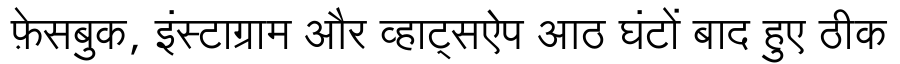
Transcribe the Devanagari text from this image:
फ़ेसबुक, इंस्टाग्राम और व्हाट्सऐप आठ घंटों बाद हुए ठीक